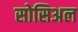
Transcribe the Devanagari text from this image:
सोसिअल